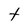
Character: t